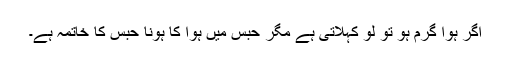
اگر ہوا گرم ہو تو لو کہلاتی ہے مگر حبس میں ہوا کا ہونا حبس کا خاتمہ ہے۔